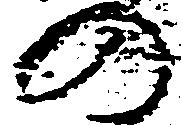
の